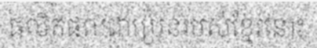
ផលិតផលជាប្រេនរបស់ខ្មែរនោះ